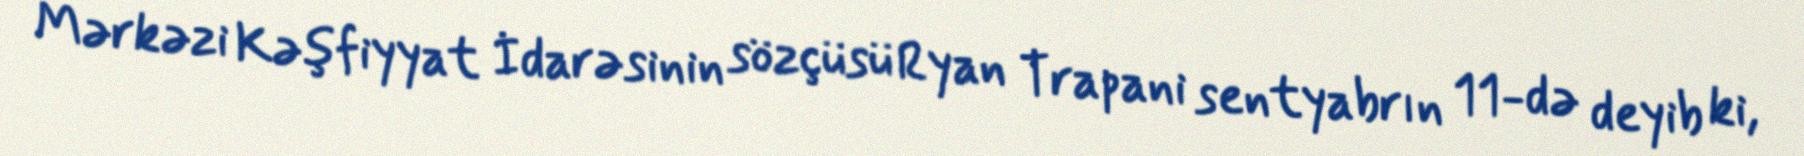
Mərkəzi Kəşfiyyat İdarəsinin sözçüsü Ryan Trapani sentyabrın 11-də deyib ki,